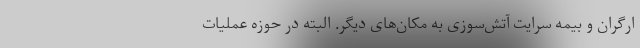
ارگران و بیمه سرایت آتش‌سوزی به مکان‌های دیگر. البته در حوزه عملیات